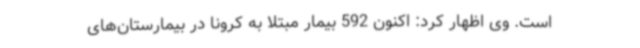
است. وی اظهار کرد: اکنون 592 بیمار مبتلا به کرونا در بیمارستان‌های